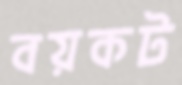
বয়কট